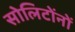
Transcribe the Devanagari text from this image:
सोलिटोंनों